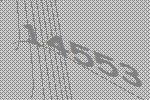
14553